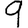
Digit: 9